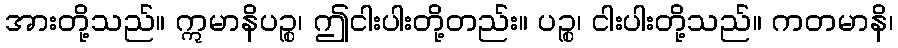
အားတို့သည်။ ဣမာနိပဉ္စ၊ ဤငါးပါးတို့တည်း။ ပဉ္စ၊ ငါးပါးတို့သည်။ ကတမာနိ၊